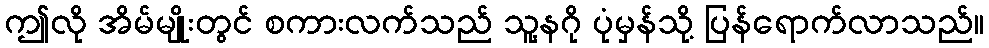
ဤလို အိမ်မျိုးတွင် စကားလက်သည် သူ့နဂို ပုံမှန်သို့ ပြန်ရောက်လာသည်။